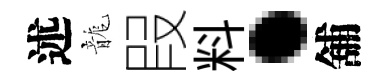
述龍叚料·舖